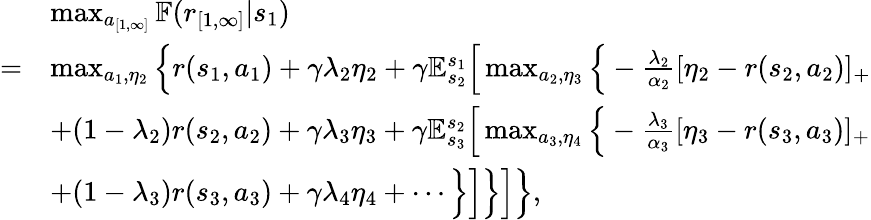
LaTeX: \begin{array}{rl}&{\operatorname*{max}_{a_{[1,\infty]}}\mathbb{F}(r_{[1,\infty]}|s_{1})}\\ {=}&{\operatorname*{max}_{a_{1},\eta_{2}}\Big\{ r(s_{1},a_{1})+\gamma\lambda_{2}\eta_{2}+\gamma\mathbb{E}_{s_{2}}^{s_{1}}\Big[\operatorname*{max}_{a_{2},\eta_{3}}\Big\{ -\frac{\lambda_{2}}{\alpha_{2}}[\eta_{2}-r(s_{2},a_{2})]_{+}}\\ &{+(1-\lambda_{2})r(s_{2},a_{2})+\gamma\lambda_{3}\eta_{3}+\gamma\mathbb{E}_{s_{3}}^{s_{2}}\Big[\operatorname*{max}_{a_{3},\eta_{4}}\Big\{ -\frac{\lambda_{3}}{\alpha_{3}}[\eta_{3}-r(s_{3},a_{3})]_{+}}\\ &{+(1-\lambda_{3})r(s_{3},a_{3})+\gamma\lambda_{4}\eta_{4}+\cdots\Big\} \Big]\Big\} \Big]\Big\} ,}\end{array}